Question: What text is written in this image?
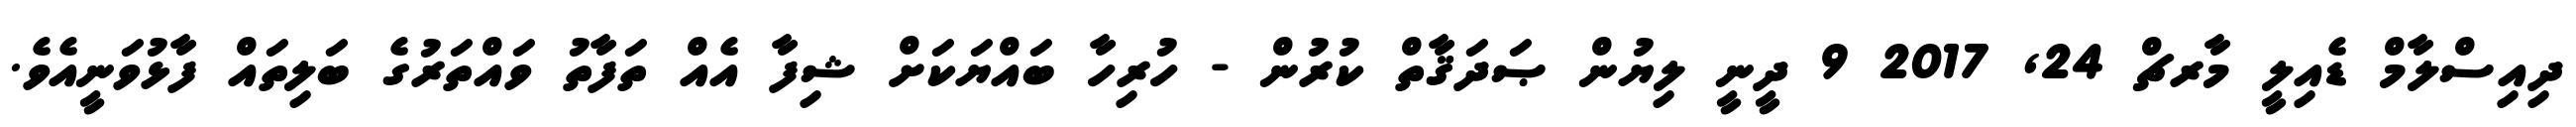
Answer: ދިއިސްލާމް ޑެއިލީ މާރޗް 24, 2017 9 ދީނީ ލިޔުން ޞަދަޤާތް ކުރުން - ހުރިހާ ބައްޔަކަށް ޝިފާ އެއް ތަފާތު ވައްތަރުގެ ބަލިތައް ފާޅުވަނީއެވެ.